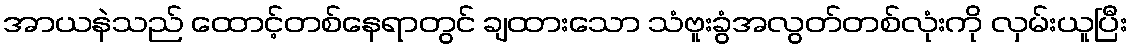
အာယနဲသည် ထောင့်တစ်နေရာတွင် ချထားသော သံဗူးခွံအလွတ်တစ်လုံးကို လှမ်းယူပြီး